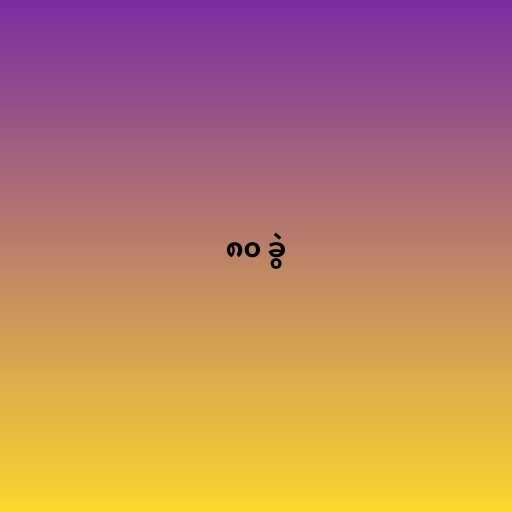
၈၀ ခွဲ